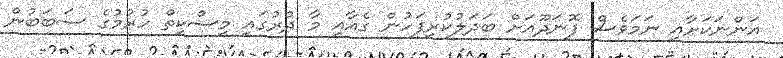
އަންނަކަށާއި ނަމަވެސް ފޮނަދޫއަށް ބަދަލުކުރިފަހުން ގެއާއި މާ ދުރުގައި މިސްކިތް ހުރުމުގެ ސަބަބުން